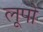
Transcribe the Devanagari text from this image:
लूपो